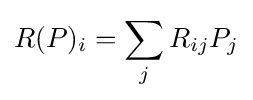
R(P)_{i}=\sum _{j}R_{ij}P_{j}